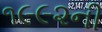
૧૯૯૨ની